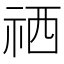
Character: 𥙘